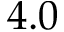
4 . 0